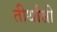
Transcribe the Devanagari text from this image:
तीर्थासी